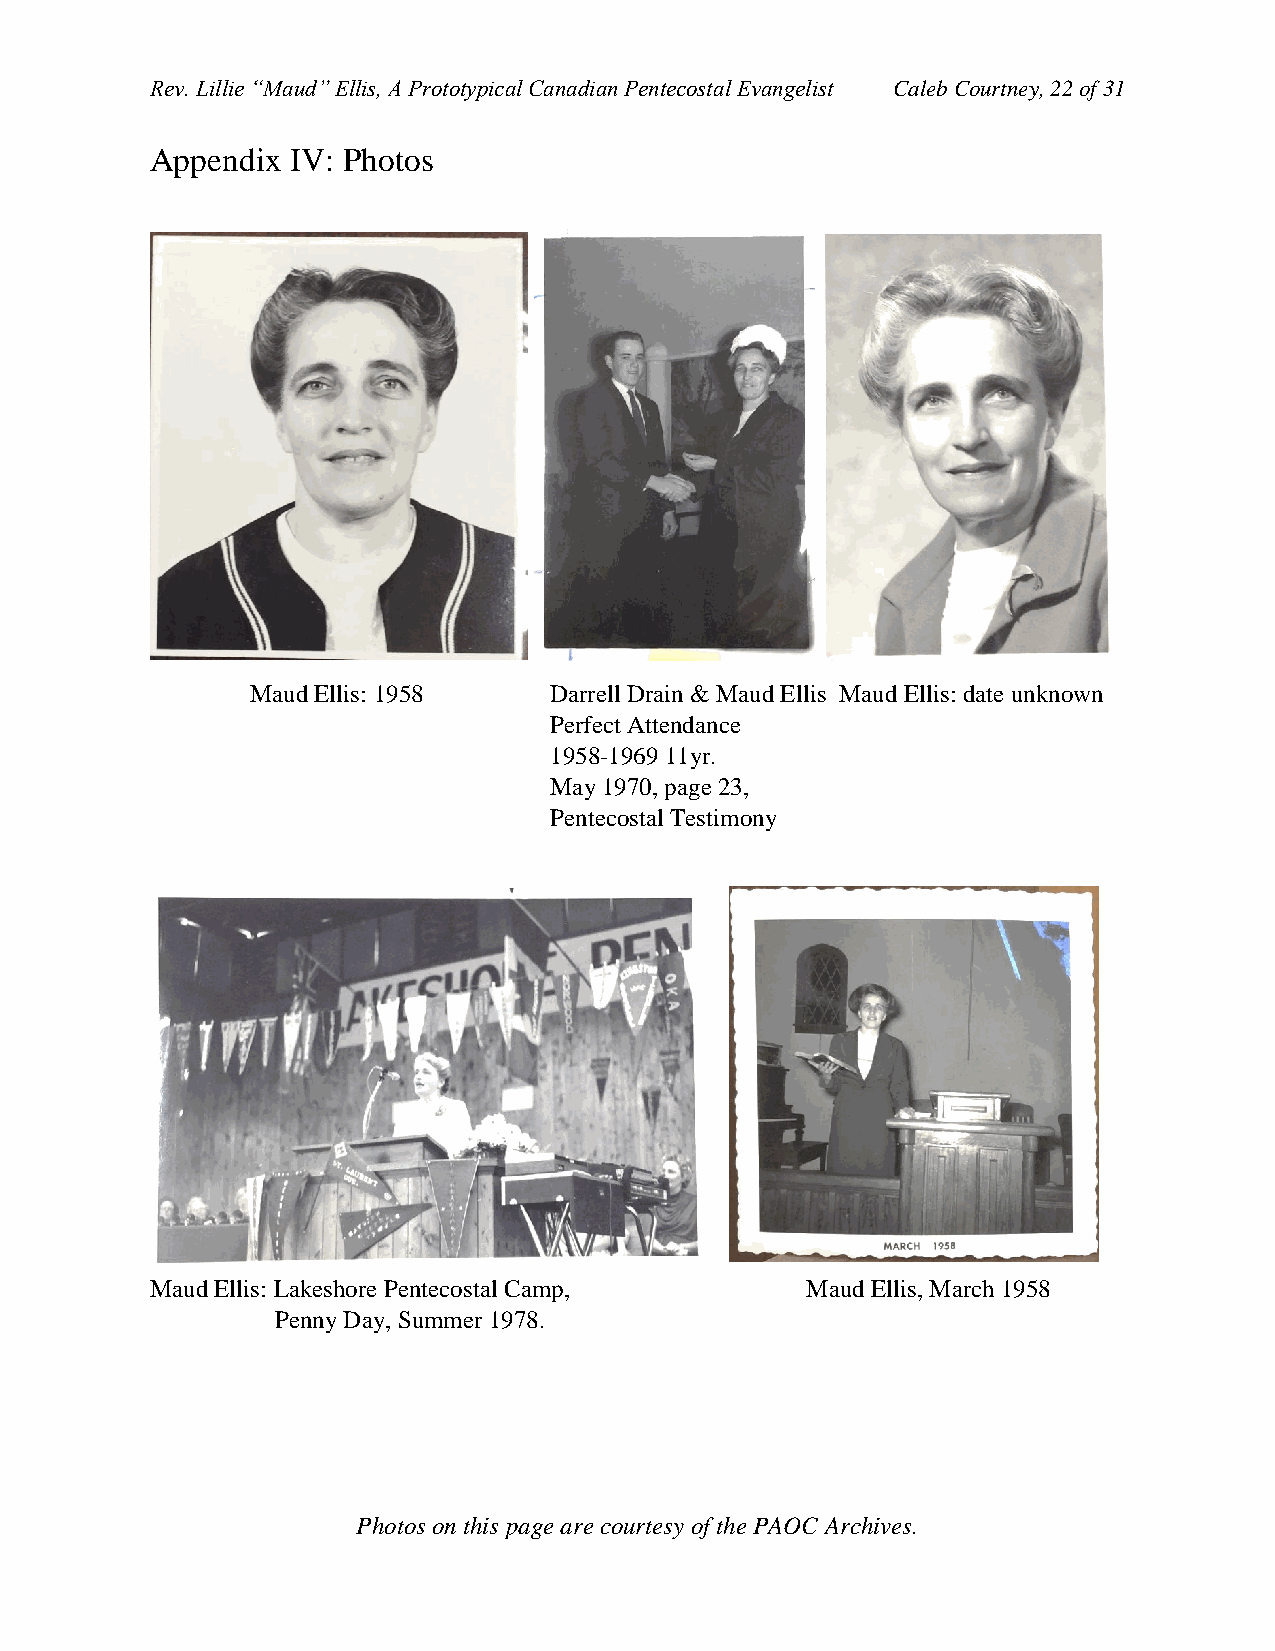
Rev. Lillie “Maud” Ellis, A Prototypical Canadian Pentecostal Evangelist Caleb Courtney, 22 of 31
 Appendix IV: Photos
 Maud Ellis: 1958   Darrell Drain & Maud Ellis Maud Ellis: date unknown
 Perfect Attendance
 1958-1969 11yr.
 May 1970, page 23,
 Pentecostal Testimony
 Maud Ellis: Lakeshore Pentecostal Camp,    Maud Ellis, March 1958
 Penny Day, Summer 1978.
 Photos on this page are courtesy of the PAOC Archives.